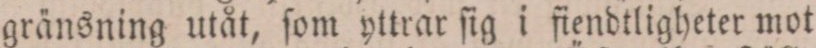
gränsning utåt, ſom yttrar ſig i fiendtligheter mot